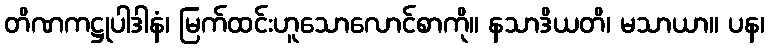
တိဏကဋ္ဌုပါဒါနံ၊ မြက်ထင်းဟူသောလောင်စာကို။ နသာဒိယတိ၊ မသာယာ။ ပန၊